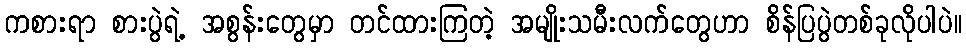
ကစားရာ စားပွဲရဲ့ အစွန်းတွေမှာ တင်ထားကြတဲ့ အမျိုးသမီးလက်တွေဟာ စိန်ပြပွဲတစ်ခုလိုပါပဲ။